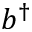
b ^ { \dagger }